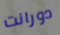
دورانت